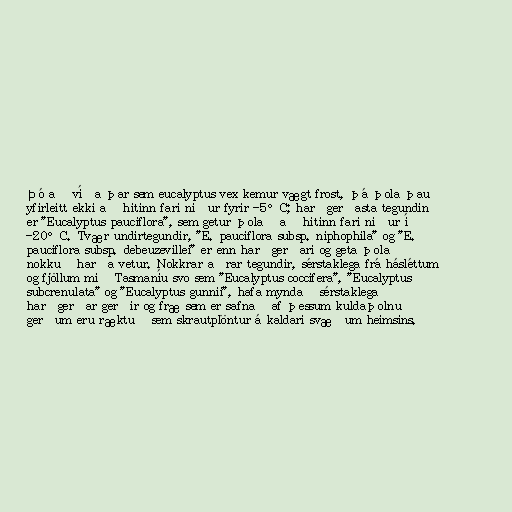
Þó að víða þar sem eucalyptus vex kemur vægt frost, þá þola þau
yfirleitt ekki að hitinn fari niður fyrir -5°C; harðgerðasta tegundin
er "Eucalyptus pauciflora", sem getur þolað að hitinn fari niður í
-20°C. Tvær undirtegundir, "E. pauciflora subsp. niphophila" og "E.
pauciflora subsp. debeuzevillei" er enn harðgerðari og geta þolað
nokkuð harða vetur. Nokkrar aðrar tegundir, sérstaklega frá hásléttum
og fjöllum mið Tasmaníu svo sem "Eucalyptus coccifera", "Eucalyptus
subcrenulata" og "Eucalyptus gunnii", hafa myndað sérstaklega
harðgerðar gerðir og fræ sem er safnað af þessum kuldaþolnu
gerðum eru ræktuð sem skrautplöntur á kaldari svæðum heimsins.